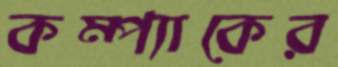
কম্প্যাকের